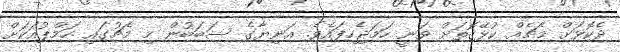
ދެކޮޅަށް މެޗެއް ކުޅޭގޮތަށް ވަނީ ހަމަޖެހިފައެވެ. އަނިޔާގެ ސަބަބުން މި މެޗުގައި ހަމްޕުއަކަށް